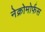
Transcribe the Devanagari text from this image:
नेक्रोमोर्फस